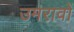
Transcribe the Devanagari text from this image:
उमरावों